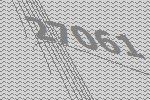
27061